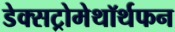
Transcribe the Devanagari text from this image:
डेक्सट्रोमेथॉर्थफन